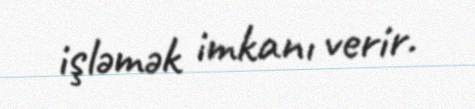
işləmək imkanı verir.